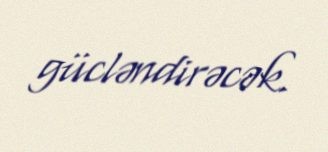
gücləndirəcək.